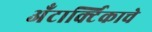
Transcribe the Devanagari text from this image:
अँटार्क्टिकाचे